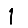
Digit: 1